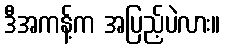
ဒီအကန့်က အပြည့်ပဲလား။